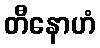
တီနောဟံ